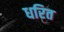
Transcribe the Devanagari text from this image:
धरित